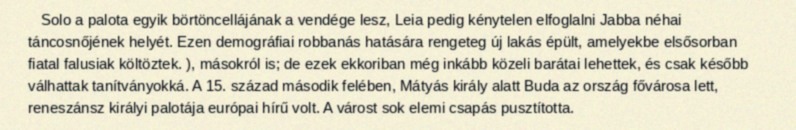
Solo a palota egyik börtöncellájának a vendége lesz, Leia pedig kénytelen elfoglalni Jabba néhai táncosnőjének helyét. Ezen demográfiai robbanás hatására rengeteg új lakás épült, amelyekbe elsősorban fiatal falusiak költöztek. ), másokról is; de ezek ekkoriban még inkább közeli barátai lehettek, és csak később válhattak tanítványokká. A 15. század második felében, Mátyás király alatt Buda az ország fővárosa lett, reneszánsz királyi palotája európai hírű volt. A várost sok elemi csapás pusztította.